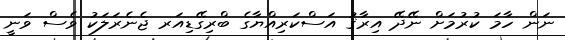
ނަން ހާމަ ކުރުމަށް ނޭދޭ އިރާޤު އަސްކަރިއްޔާގެ ބްރިގޭޑިއަރ ޖެނެރަލަކު ވެސް ވަނީ